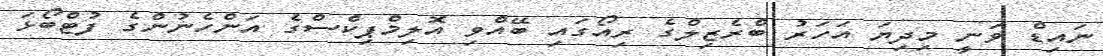
ނައިޑް ވަނީ މިދިޔަ އަހަރު ބްރެޒިލްގެ ރިއޯގައި ބޭއްވި އޮލިމްޕިކްސްގެ އަންހެނުންގެ ފުޓްބޯޅަ